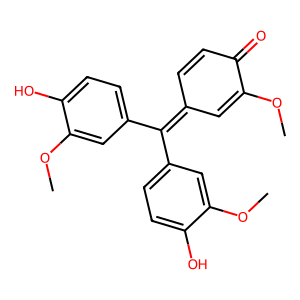
SMILES: COC1=CC(=C(c2ccc(O)c(OC)c2)c2ccc(O)c(OC)c2)C=CC1=O
Inhibits HIV replication: No